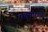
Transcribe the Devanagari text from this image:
पद्‌माराजे